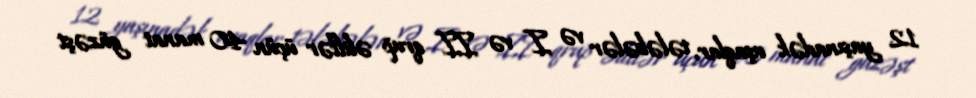
12 yaşınadək uşaqlar, tələbələr və I və II qrup əlillər üçün 40 manat güzəşt